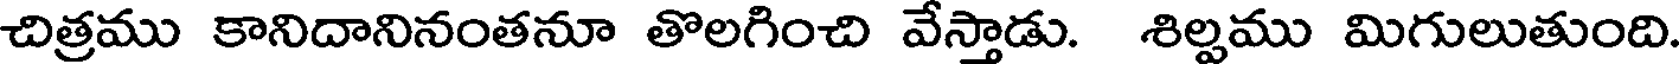
చిత్రము కానిదానినంతనూ తొలగించి వేస్తాడు. శిల్పము మిగులుతుంది